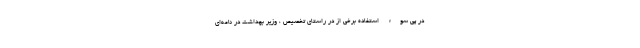
در پی سوء استفاده برخی از در راستای تخصیص ، وزیر بهداشت در نامه‌ای